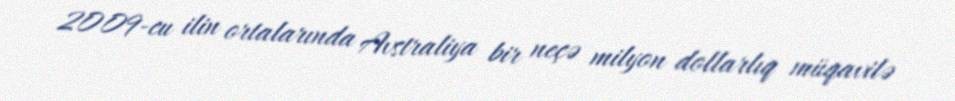
2009-cu ilin ortalarında Avstraliya bir neçə milyon dollarlıq müqavilə